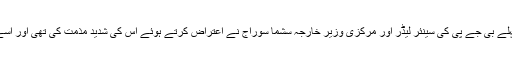
نریش اگروال کے اس تبصرہ پر سب سے پہلے بی جے پی کی سینئر لیڈر اور مرکزی وزیر خارجہ سشما سوراج نے اعتراض کرتے ہوئے اس کی شدید مذمت کی تھی اور اسے ' غیرمناسب اور ناقابل قبول' قرار دیا تھا ۔